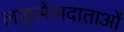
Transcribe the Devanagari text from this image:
लाइसेंसदाताओं